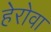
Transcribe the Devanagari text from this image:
हेरोवा